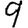
Digit: 9